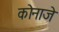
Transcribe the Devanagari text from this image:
कोनाजे